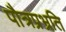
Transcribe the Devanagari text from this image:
पौत्रप्रभ्रति